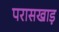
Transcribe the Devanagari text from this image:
परासखाड़